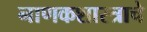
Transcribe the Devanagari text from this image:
नाणकशास्त्राचे